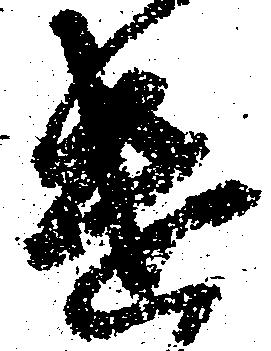
遣